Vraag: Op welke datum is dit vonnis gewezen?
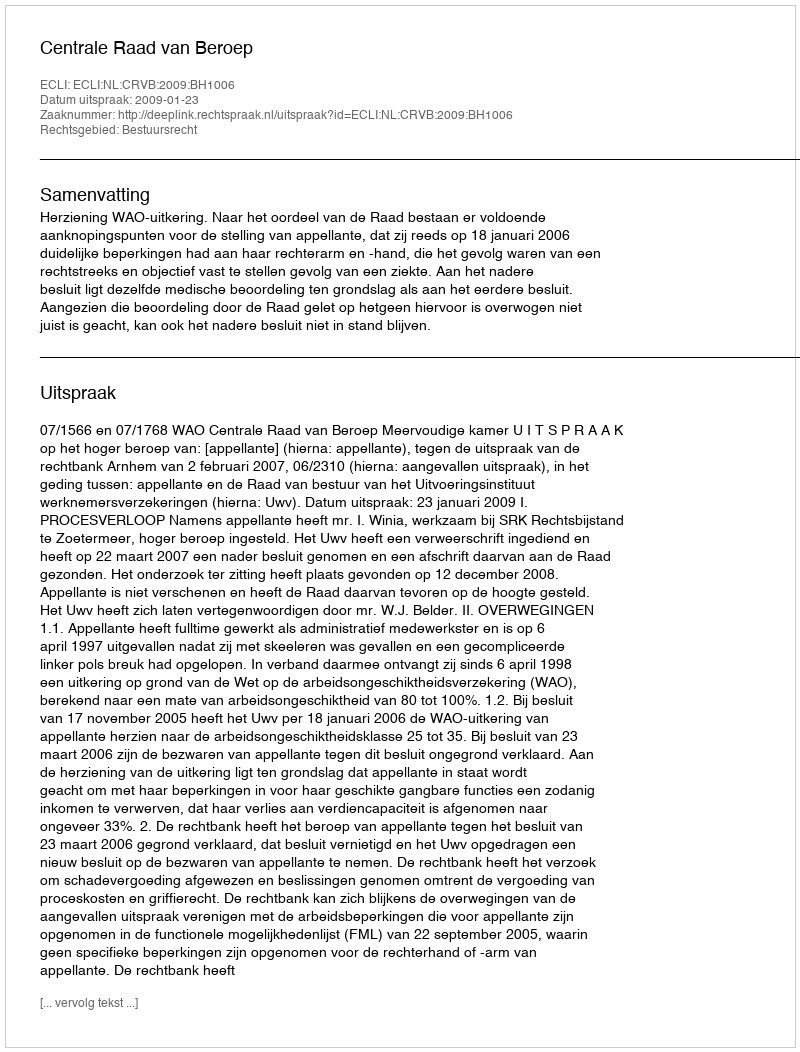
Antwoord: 2009-01-23